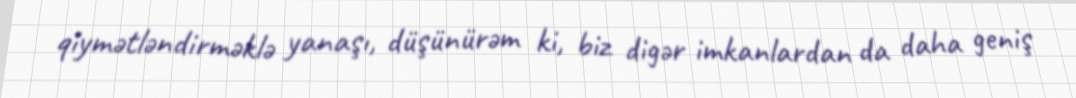
qiymətləndirməklə yanaşı, düşünürəm ki, biz digər imkanlardan da daha geniş